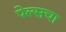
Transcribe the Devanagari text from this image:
पेल्सचा